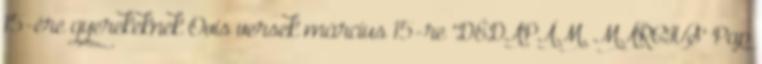
15-ére gyerekeknek Ovis versek március 15-re "DÉDAPÁM, MÁRCIUS" Pap